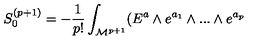
S _ { 0 } ^ { ( p + 1 ) } = - { \frac { 1 } { p ! } } \int _ { { \cal { M } } ^ { p + 1 } } ( E ^ { a } \wedge e ^ { a _ { 1 } } \wedge . . . \wedge e ^ { a _ { p } }